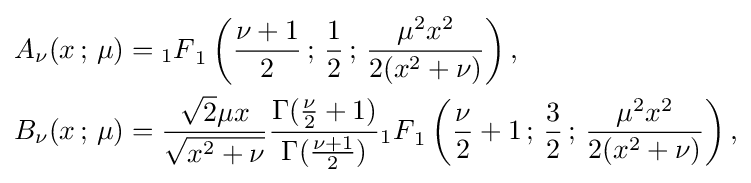
{\begin{aligned}A_{\nu }(x\,;\,\mu )&={_{1}F}_{1}\left({\frac {\nu +1}{2}}\,;\,{\frac {1}{2}}\,;\,{\frac {\mu ^{2}x^{2}}{2(x^{2}+\nu )}}\right),\\B_{\nu }(x\,;\,\mu )&={\frac {{\sqrt {2}}\mu x}{\sqrt {x^{2}+\nu }}}{\frac {\Gamma ({\frac {\nu }{2}}+1)}{\Gamma ({\frac {\nu +1}{2}})}}{_{1}F}_{1}\left({\frac {\nu }{2}}+1\,;\,{\frac {3}{2}}\,;\,{\frac {\mu ^{2}x^{2}}{2(x^{2}+\nu )}}\right),\end{aligned}}